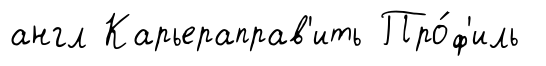
англ Карьераправ'ить Про́ф'иль